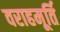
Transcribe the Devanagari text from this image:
वराहमूर्ति